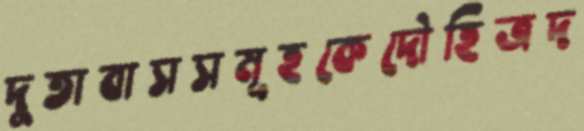
দুতাবাসসমূহকেদৌহিত্রদ